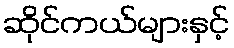
ဆိုင်ကယ်များနှင့်